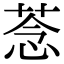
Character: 菍